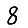
Digit: 8